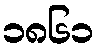
၁၈၆၁